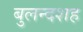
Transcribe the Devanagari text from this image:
बुलन्दशह